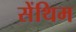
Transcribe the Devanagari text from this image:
सेंथिम